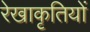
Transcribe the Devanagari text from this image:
रेखाकृतियों